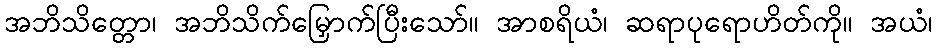
အဘိသိတ္တော၊ အဘိသိက်မြှောက်ပြီးသော်။ အာစရိယံ၊ ဆရာပုရောဟိတ်ကို။ အယံ၊